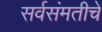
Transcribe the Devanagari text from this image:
सर्वसंमतीचे